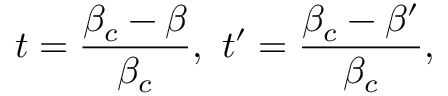
t = \frac { \beta _ { c } - \beta } { \beta _ { c } } , \ t ^ { \prime } = \frac { \beta _ { c } - \beta ^ { \prime } } { \beta _ { c } } ,